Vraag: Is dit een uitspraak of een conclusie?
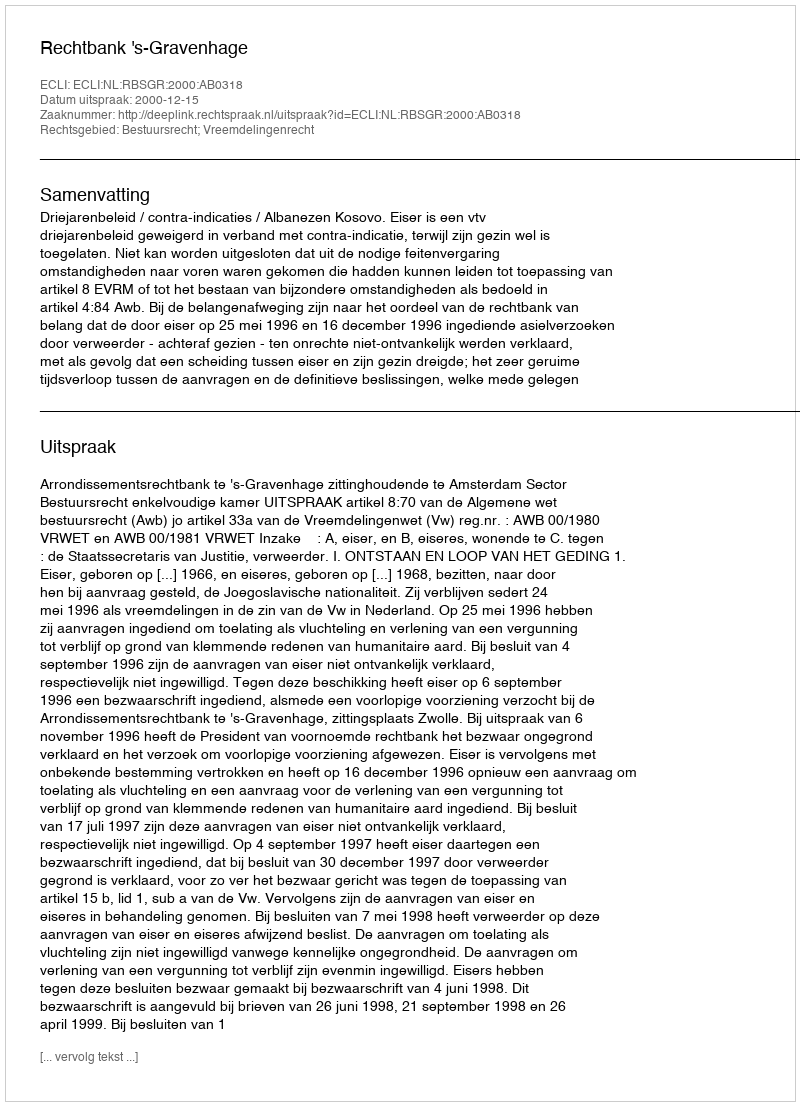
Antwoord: Uitspraak